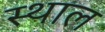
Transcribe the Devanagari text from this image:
स्‍थाल